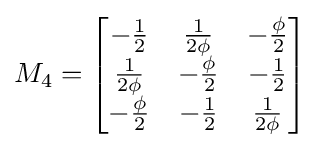
M_{4}={\begin{bmatrix}-{\frac {1}{2}}&{\frac {1}{2\phi }}&-{\frac {\phi }{2}}\\{\frac {1}{2\phi }}&-{\frac {\phi }{2}}&-{\frac {1}{2}}\\-{\frac {\phi }{2}}&-{\frac {1}{2}}&{\frac {1}{2\phi }}\end{bmatrix}}